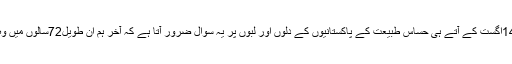
یقیناً ہمیں ابھی بہت کچھ کرنا اور حاصل کرنا ہے لیکن14اگست کے آتے ہی حساس طبیعت کے پاکستانیوں کے دلوں اور لبوں پر یہ سوال ضرور آتا ہے کہ آخر ہم ان طویل72سالوں میں وہ کچھ کیوں نہ کر سکے جو کوریا اور ملائیشیا کر گئے۔